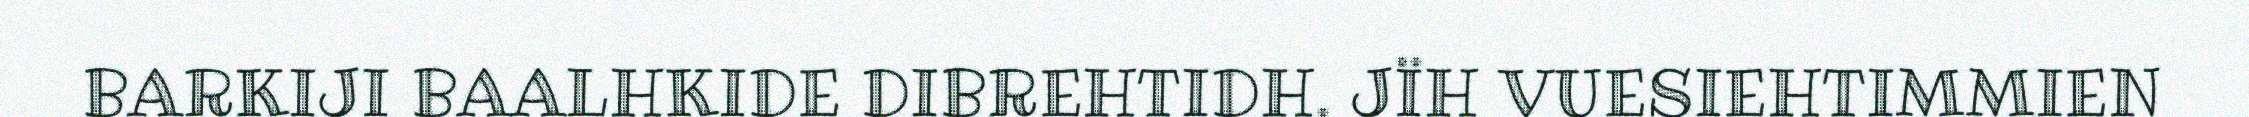
BARKIJI BAALHKIDE DIBREHTIDH. JÏH VUESIEHTIMMIEN